Petseri_perekonnanimede_kartoteek, lk 10
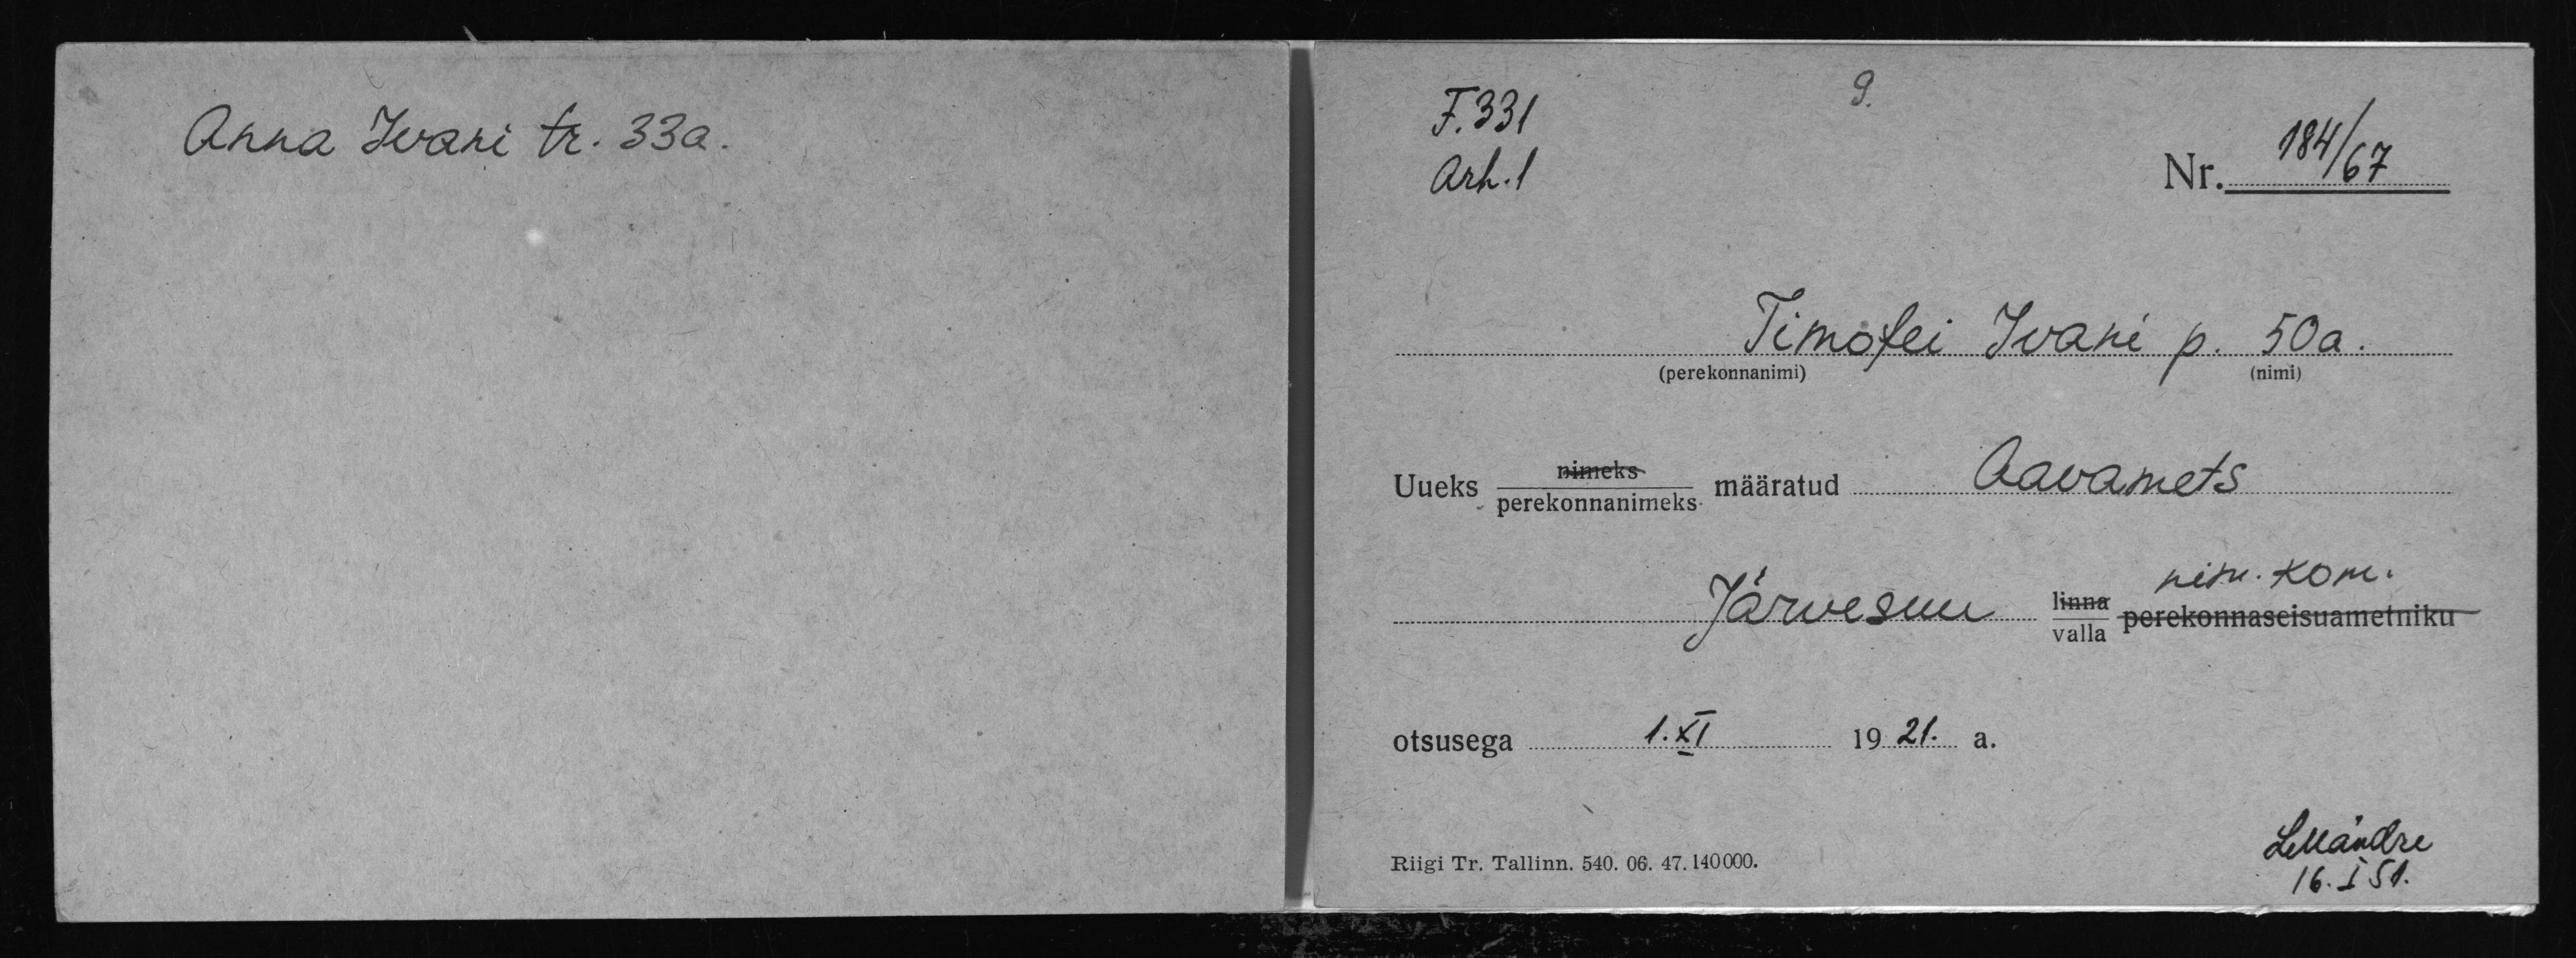
Anna Ivani tr. 33a.

F.331
184/67
Nr.
Arh.1
Timofei Ivani p. 50a.
Aavamets
Uueks perekonnanimeks määratud
nim. kom.
Järvesuu linna
valla perekonnaseisuametniku
1921 a.
otsusega 1.XI
LMändre
Riigi Tr. Tallinn. 540. 06. 47. 140000.
16.I 51.